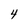
Character: 4